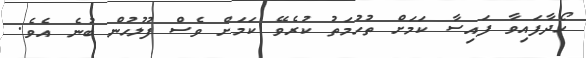
ހޯދާފައިވާ ފައިސާ ކަމަށް ތުހުމަތު ކުރެވޭ ކަމަށް ވެސް ފުލުހުން ބުނެ އެވެ.